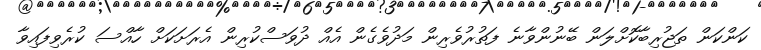
ކަންކަން ތަޖުރިބާކޮށްލަން ބޭނުންވާނެ ފަތުރުވެރިން މަދުވެގެން އެއް ދުވަސްކުރިން އެރަށަކަށް ހާއްސަ ކުރެވިފައިވާ